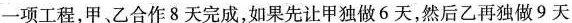
一项工程，甲、乙合作8天完成，如果先让甲独做6天，然后乙再做9天